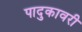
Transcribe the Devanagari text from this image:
पादुकावरी